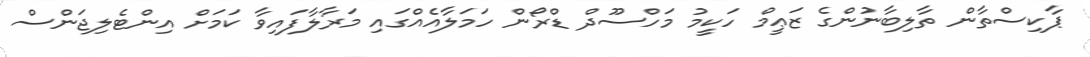
ޕާކިސްތާން ތާލިބާނުންގެ ޒަޢީމް ހަކީމު މަހްސޫދް ޑްރޯން ހަމަލާއެއްގައި މަރާލާފައިވާ ކަމަށް އިންޓެލިޖަންސް